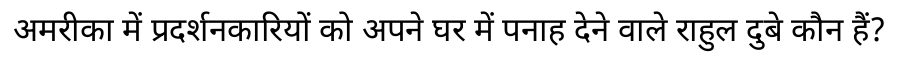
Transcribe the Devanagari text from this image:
अमरीका में प्रदर्शनकारियों को अपने घर में पनाह देने वाले राहुल दुबे कौन हैं?